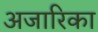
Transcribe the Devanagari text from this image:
अजारिका